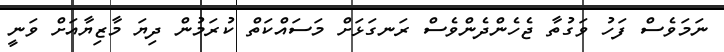
ނަމަވެސް ފަހު ވަގުތާ ޖެހެންދެންވެސް ރަނގަޅަށް މަސައްކަތް ކުރަމުން ދިޔަ މާޒިޔާއަށް ވަނީ